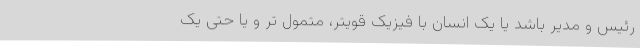
رئیس و مدیر باشد یا یک انسان با فیزیک قویتر، متمول تر و یا حتی یک